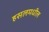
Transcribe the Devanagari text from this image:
हसलमधील